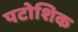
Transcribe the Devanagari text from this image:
पटोशिक